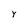
Character: Y